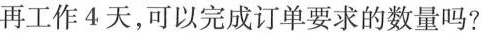
再工作4天，可以完成订单要求的数量吗?